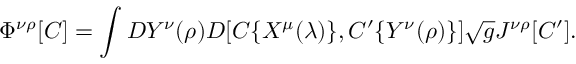
\Phi ^ { \nu \rho } [ C ] = \int { \cal D } Y ^ { \nu } ( \rho ) D [ C \{ X ^ { \mu } ( \lambda ) \} , C ^ { \prime } \{ Y ^ { \nu } ( \rho ) \} ] \sqrt { g } J ^ { \nu \rho } [ C ^ { \prime } ] . \hfill